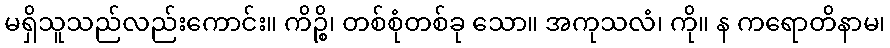
မရှိသူသည်လည်းကောင်း။ ကိဉ္စိ၊ တစ်စုံတစ်ခု သော။ အကုသလံ၊ ကို။ န ကရောတိနာမ၊